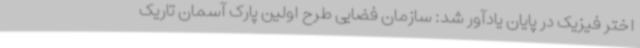
اختر فیزیک در پایان یادآور شد: سازمان فضایی طرح اولین پارک آسمان تاریک